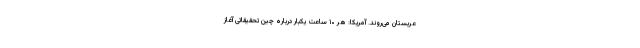
عربستان می‌روند. آمریکا: هر ۱۰ ساعت یکبار درباره چین تحقیقاتی آغاز